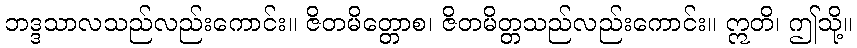
ဘဒ္ဒသာလသည်လည်းကောင်း။ ဇိတမိတ္တောစ၊ ဇိတမိတ္တသည်လည်းကောင်း။ ဣတိ၊ ဤသို့။